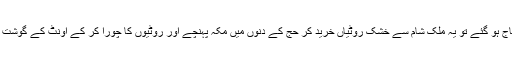
ایک سال عرب میں بہت سخت قحط پڑ گیا اور لوگ دانے دانے کومحتاج ہو گئے تو یہ ملکِ شام سے خشک روٹیاں خرید کر حج کے دنوں میں مکہ پہنچے اور روٹیوں کا چورا کر کے اونٹ کے گوشت کے شوربے میں ثرید بناکر تمام حاجیوں کو خوب پیٹ بھر کر کھلایا۔